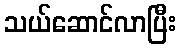
သယ်ဆောင်လာပြီး